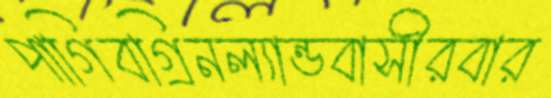
পাগিবগ্রিনল্যান্ডবাসীরবার